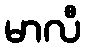
မာလီ